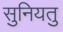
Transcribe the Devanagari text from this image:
सुनियतु